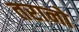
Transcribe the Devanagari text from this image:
तरानो